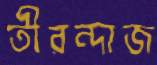
তীরন্দাজ